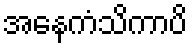
အနေကံသိကာပိ